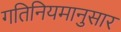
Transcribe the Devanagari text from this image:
गतिनियमानुसार